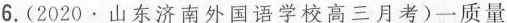
6.（2020 \cdot 山东济南外国语学院高三月考）一质量